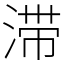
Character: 滞